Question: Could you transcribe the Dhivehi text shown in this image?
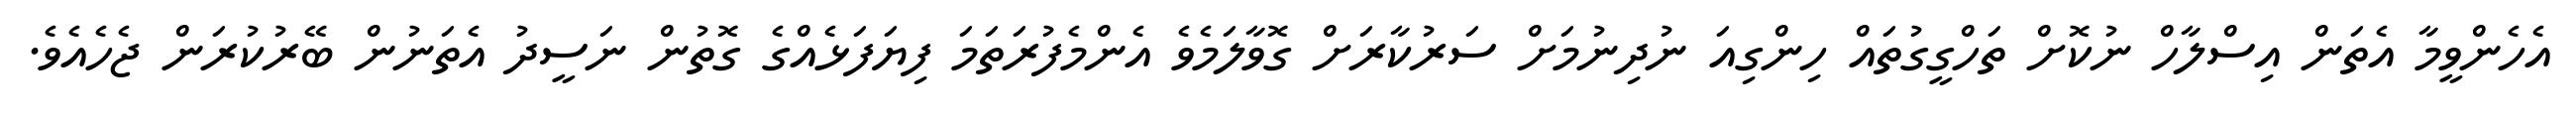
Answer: އެހެންވީމާ އެތަން އިސްލާހް ނުކޮށް ތަހްގީގުތައް ހިންގިއަ ނުދިނުމަށް ސަރުކާރަށް ގޮވާލަމެވެ އެންމެފުރަތަމަ ފިޔަފަޅެއްގެ ގޮތުން ނަސީދު އެތަނުން ބޭރުކުރަން ޖެހެއެވެ.